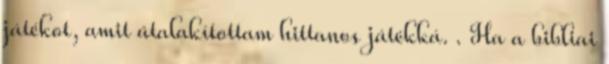
játékot, amit átalakítottam hittanos játékká. . Ha a bibliai